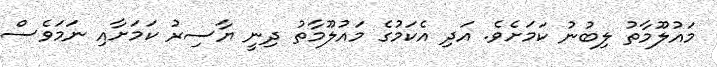
މައުލޫމާތު ލިބުނު ކަމަށެވެ. އަދި އެކަމުގެ މައުލޫމާތު ދިނީ ޔާސިރު ކަމަށާއި ނަމަވެސް